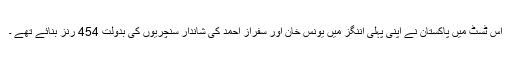
اس ٹسٹ میں پاکستان نے اپنی پہلی اننگز میں یونس خان اور سفراز احمد کی شاندار سنچریوں کی بدولت 454 رنز بنائے تھے ۔